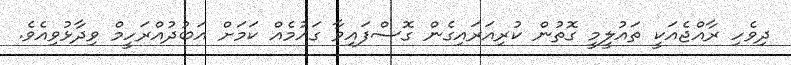
ދިވެހި ރާއްޖެއަކީ ތައުލީމީ ގޮތުން ކުރިއަރައިގެން ގޮސްފައިވާ ގައުމެއް ކަމަށް އަަބުދުއްރަހީމް ވިދާޅުވިއެވެ.